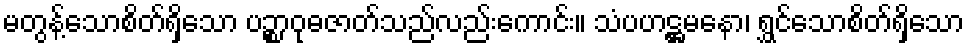
မတွန့်သောစိတ်ရှိသော ပဉ္စာဝုဓဇာတ်သည်လည်းကောင်း။ သံပဟဋ္ဌမနော၊ ရွှင်သောစိတ်ရှိသော